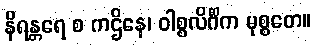
နိရန္တရေ စ ကဌိနေ၊ ဝါစ္စလိင်္ဂိက မုစ္စတေ။